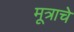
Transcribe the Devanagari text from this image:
मूत्राचे